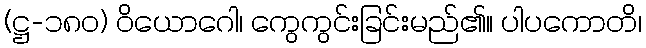
(ဋ္ဌ-၁၈၀) ဝိယောဂေါ၊ ကွေကွင်းခြင်းမည်၏။ ပါပကောတိ၊